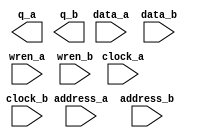
module Dual_port (
	address_a,
	address_b,
	clock_a,
	clock_b,
	data_a,
	data_b,
	wren_a,
	wren_b,
	q_a,
	q_b);

	input	[4:0]  address_a;
	input	[4:0]  address_b;
	input	  clock_a;
	input	  clock_b;
	input	[7:0]  data_a;
	input	[7:0]  data_b;
	input	  wren_a;
	input	  wren_b;
	output	[7:0]  q_a;
	output	[7:0]  q_b;
`ifndef ALTERA_RESERVED_QIS
// synopsys translate_off
`endif
	tri1	  clock_a;
	tri0	  wren_a;
	tri0	  wren_b;
`ifndef ALTERA_RESERVED_QIS
// synopsys translate_on
`endif

endmodule